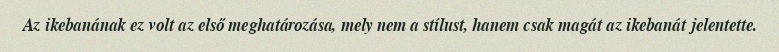
Az ikebanának ez volt az első meghatározása, mely nem a stílust, hanem csak magát az ikebanát jelentette.